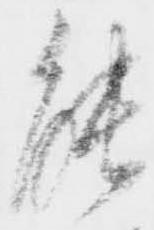
能